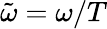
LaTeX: \tilde{\omega}=\omega/T